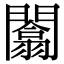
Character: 闟